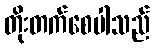
တိုးတက်စေပါသည်